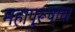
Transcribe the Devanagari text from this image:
महापुरूषांचा